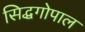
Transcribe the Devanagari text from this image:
सिद्धगोपाल